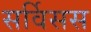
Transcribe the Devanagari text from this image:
सर्विसस